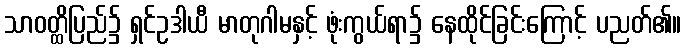
သာဝတ္ထိပြည်၌ ရှင်ဥဒါယီ မာတုဂါမနှင့် ဖုံးကွယ်ရာ၌ နေထိုင်ခြင်းကြောင့် ပညတ်၏။